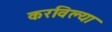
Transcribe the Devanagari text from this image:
करविल्या